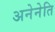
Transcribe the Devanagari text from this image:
अनेनेति